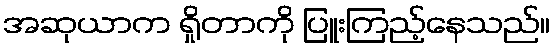
အဆုယာက ရှိုတာကို ပြူးကြည့်နေသည်။